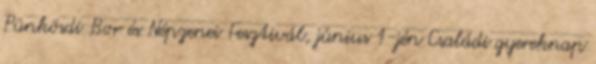
Pünkösdi Bor és Népzenei Fesztivál, június 1-jén Családi gyereknap